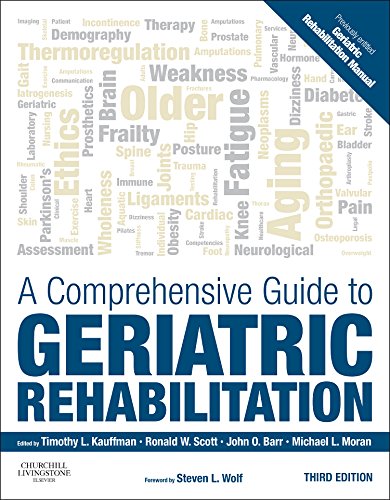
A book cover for A Comprehensive Guide to Geriatric Rehabilitation: [previously entitled Geriatric Rehabilitation Manual], 3e; Medical Books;